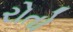
રોતો